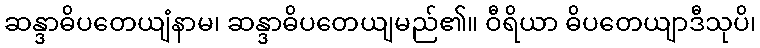
ဆန္ဒာဓိပတေယျံနာမ၊ ဆန္ဒာဓိပတေယျမည်၏။ ဝီရိယာ ဓိပတေယျာဒီသုပိ၊